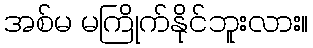
အစ်မ မကြိုက်နိုင်ဘူးလား။